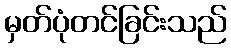
မှတ်ပုံတင်ခြင်းသည်